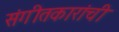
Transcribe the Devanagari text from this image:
संगीतकारांची